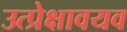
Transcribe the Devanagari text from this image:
उत्प्रेक्षावयव